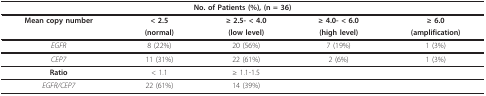
<table><thead><tr><td colspan="5"><b>No. of Patients (%), (n = 36)</b></td></tr></thead><tbody><tr><td><b>Mean copy number</b></td><td><b>&lt; 2.5</b></td><td><b>≥ 2.5- &lt; 4.0</b></td><td><b>≥ 4.0- &lt; 6.0</b></td><td><b>≥ 6.0</b></td></tr><tr><td></td><td><b>(normal)</b></td><td><b>(low level)</b></td><td><b>(high level)</b></td><td><b>(amplification)</b></td></tr><tr><td><i>EGFR</i></td><td>8 (22%)</td><td>20 (56%)</td><td>7 (19%)</td><td>1 (3%)</td></tr><tr><td><i>CEP7</i></td><td>11 (31%)</td><td>22 (61%)</td><td>2 (6%)</td><td>1 (3%)</td></tr><tr><td><b>Ratio</b></td><td>&lt; 1.1</td><td>≥ 1.1-1.5</td><td></td><td></td></tr><tr><td><i>EGFR/CEP7</i></td><td>22 (61%)</td><td>14 (39%)</td><td></td><td></td></tr></tbody></table>